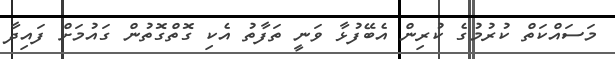
މަސައްކަތް ކުރުމުގެ ކުރިން އެބޭފުޅާ ވަނީ ތަފާތު އެކި ގޮތްގޮތުން ގައުމަށް ފައިދާ